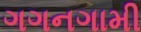
ગગનગામી